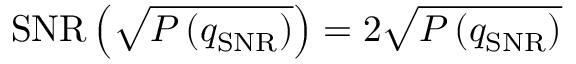
\operatorname { S N R } \left( \sqrt { P \left( q _ { \mathrm { S N R } } \right) } \right) = 2 \sqrt { P \left( q _ { \mathrm { S N R } } \right) }